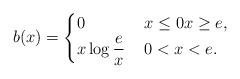
LaTeX: \begin{align*}b(x) =\begin{cases}0 & x\le 0x\ge e , \\x \log\displaystyle{\frac{e}{x}}\, &0<x<e .\end{cases}\end{align*}